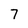
Character: 7